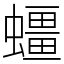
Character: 䗵